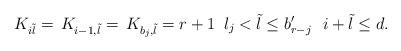
LaTeX: \begin{align*}\,K_{i\tilde{l}}=\,K_{i-1,\tilde{l}}=\,K_{b_{j},\tilde{l}}=r+1\, \,\, l_{j}<\tilde{l}\leq b'_{r-j}\,\, \,\, i+\tilde{l}\leq d.\end{align*}